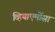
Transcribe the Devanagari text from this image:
व्हियाएर्मोसा